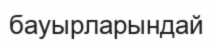
бауырларындай